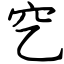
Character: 穵